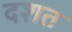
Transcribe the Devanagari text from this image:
दशत